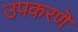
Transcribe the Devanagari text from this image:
उपकरणॆ